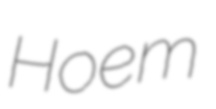
Hoem